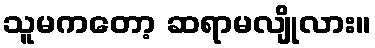
သူမကတော့ ဆရာမလျိုလား။